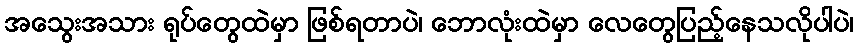
အသွေးအသား ရုပ်တွေထဲမှာ ဖြစ်ရတာပဲ၊ ဘောလုံးထဲမှာ လေတွေပြည့်နေသလိုပါပဲ၊